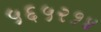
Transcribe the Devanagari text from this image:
५६५२१४